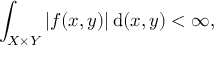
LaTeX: \int _ { X \times Y } | f ( x , y ) | \, { \mathrm { d } } ( x , y ) < \infty ,